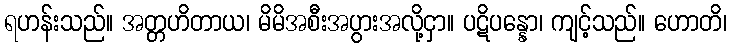
ရဟန်းသည်။ အတ္တဟိတာယ၊ မိမိအစီးအပွားအလို့ငှာ။ ပဋိပန္နော၊ ကျင့်သည်။ ဟောတိ၊